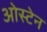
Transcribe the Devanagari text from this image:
ओस्टेन